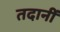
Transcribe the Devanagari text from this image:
तदानीं